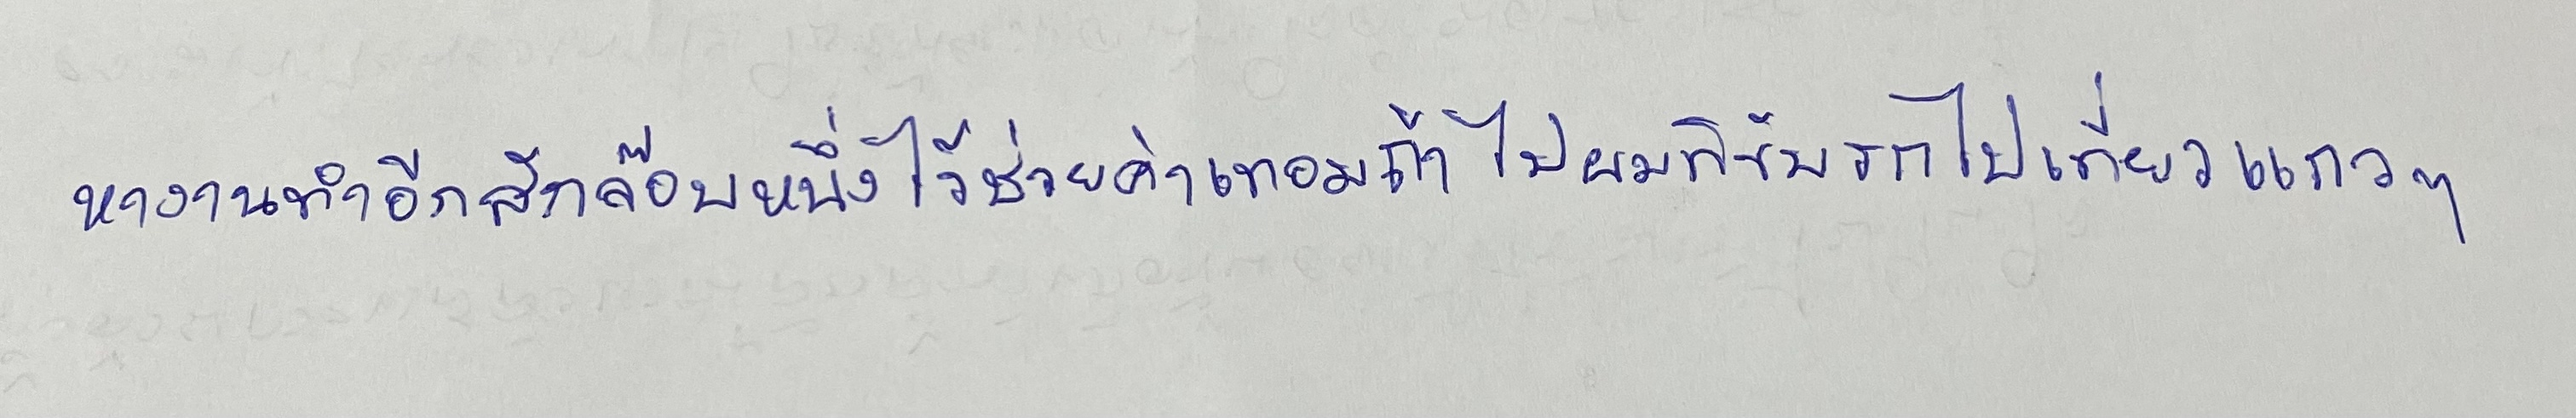
หางานทำอีกสักจ๊อบหนึ่งไว้ช่วยค่าเทอมถ้าไปผมก็ขับรถไปเที่ยวแถวๆ